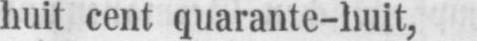
huit cent quarante-huit,